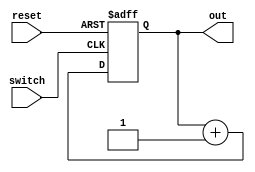
module count (switch, reset, out);

input switch, reset;
output reg [31:0] out;

always@(posedge switch, posedge reset)
begin
if (reset)
out<=0;

else if (switch)

out<=out+1;

end
endmodule